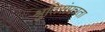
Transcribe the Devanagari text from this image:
श्रुतिसंपन्नता